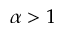
\alpha > 1